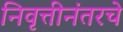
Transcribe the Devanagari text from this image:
निवृत्तीनंतरचे